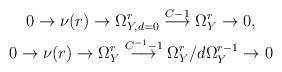
LaTeX: \begin{gather*}0\to\nu(r)\to\Omega_{Y, d = 0}^{r}\overset{C - 1}{\longrightarrow}\Omega_{Y}^{r}\to0,\\0\to\nu(r)\to\Omega_{Y}^{r}\overset{C^{-1} - 1}{\longrightarrow}\Omega_{Y}^{r} / d \Omega_{Y}^{r - 1}\to0\end{gather*}